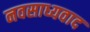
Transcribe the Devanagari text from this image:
नवसाध्यवाद